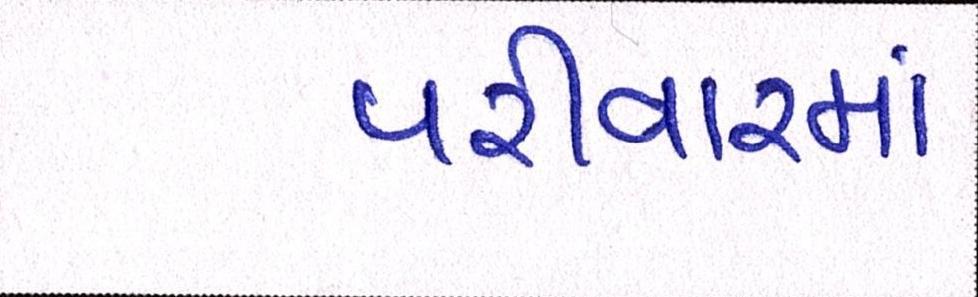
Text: પરીવારમાં